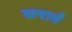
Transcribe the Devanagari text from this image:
ख़राबे